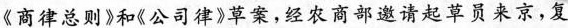
《商律总则》和《公司律》草案，经农商部邀请起草员来京，复